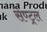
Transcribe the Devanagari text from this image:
सेण्ट्र्ल